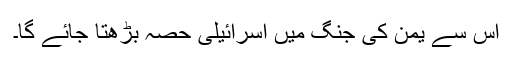
اس سے یمن کی جنگ میں اسرائیلی حصہ بڑھتا جائے گا۔